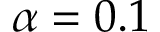
\alpha = 0 . 1